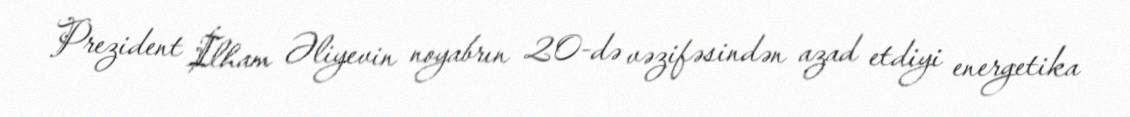
Prezident İlham Əliyevin noyabrın 20-də vəzifəsindən azad etdiyi energetika